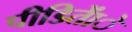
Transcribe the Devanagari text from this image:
पीडिताेंे